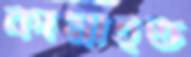
কামাইত